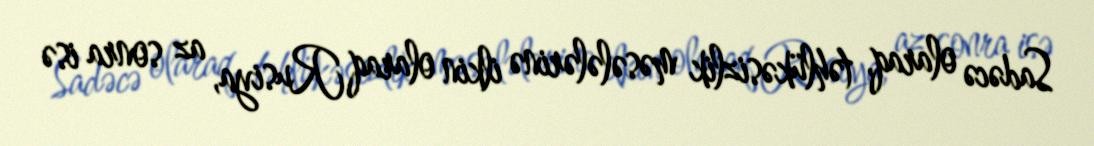
Sadəcə olaraq, təhlükəsizlik məsələlərinə ilkin olaraq Rusiya, az sonra isə